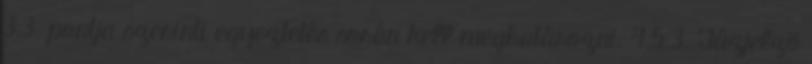
3.3. pontja szerinti egyeztetés során kell meghatározni. 4.5.3. Tûzjelzõ